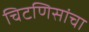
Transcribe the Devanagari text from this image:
चिटणिसांचा